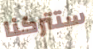
ستتركنا